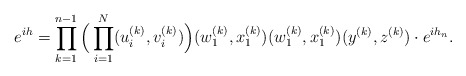
\begin{align*}e^{ih}=\prod_{k=1}^{n-1}\Big(\prod_{i=1}^N(u_i^{(k)},v_i^{(k)})\Big) (w^{(k)}_1,x^{(k)}_1)(w^{(k)}_1,x^{(k)}_1)(y^{(k)},z^{(k)})\cdot e^{ih_n}.\end{align*}